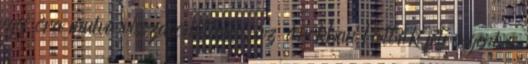
egy óra mulva visszavonultak, az árokban látták fetrengeni a